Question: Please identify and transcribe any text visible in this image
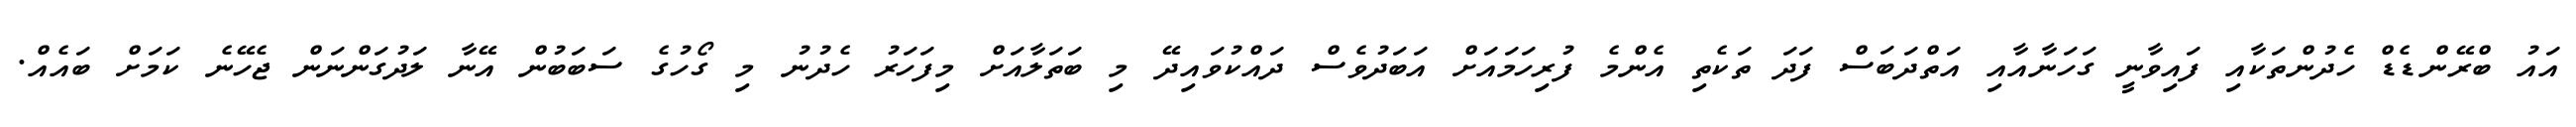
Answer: އައު ބްރޭންޑެޑް ހެދުންތަކާއި ފައިވާނީ ގަހަނާއާއި އަތްދަބަސް ފަދަ ތަކެތި އެންމެ ފުރިހަމައަށް އަބަދުވެސް ދައްކުވައިދޭ މި ބަތަލާއަށް މިފަހަރު ހެދުނު މި ގޯހުގެ ސަބަބުން އޭނާ ލަދުގަންނަން ޖެހޭނެ ކަމަށް ބައެއް.